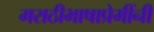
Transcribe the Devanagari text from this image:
मराठीभाषाप्रेमींनी